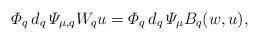
LaTeX: \begin{align*} \varPhi_q \, d_q \, \varPsi_{\mu,q} W_q u = \varPhi_q \, d_q \, \varPsi_\mu B_q (w,u),\end{align*}